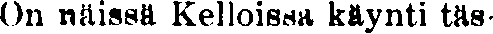
On näissä Kelloissa käynti täs-